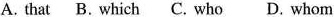
A. that B. Which C. Who D. Whom